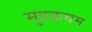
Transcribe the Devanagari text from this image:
मुद्दकयम